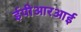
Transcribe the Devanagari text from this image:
ईपीआरआई